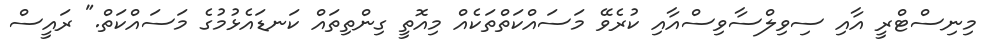
މިނިސްޓްރީ އާއި ސިވިލްސާވިސްއާއި ކުރެވޭ މަސައްކަތްތަކެއް މިއޮތީ ގިންތިތައް ކަނޑައެޅުމުގެ މަސައްކަތް." ރައީސް